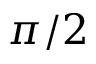
\pi / 2